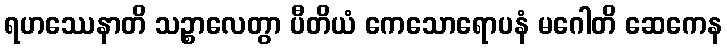
ရဟဿေနာတိ သဉ္စာလေတွာ ပီတိယံ ကေသောရောပနံ မဂေါတိ ဆေကေန